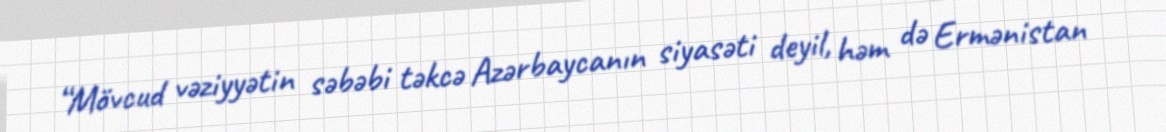
“Mövcud vəziyyətin səbəbi təkcə Azərbaycanın siyasəti deyil, həm də Ermənistan